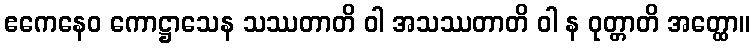
ဧကေနေဝ ကောဋ္ဌာသေန သဿတာတိ ဝါ အသဿတာတိ ဝါ န ဝုတ္တာတိ အတ္ထော။